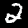
Label: 2